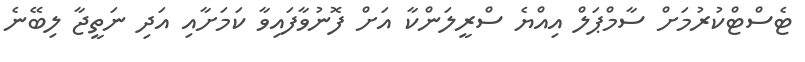
ޓެސްޓްކުރުމަށް ސާމްޕަލް އިއްޔެ ސްރީލަންކާ އަށް ފޮނުވާފައިވާ ކަމަށާއި އަދި ނަތީޖާ ލިބޭނެ